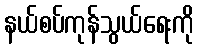
နယ်စပ်ကုန်သွယ်ရေးကို